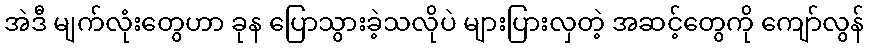
အဲဒီ မျက်လုံးတွေဟာ ခုန ပြောသွားခဲ့သလိုပဲ များပြားလှတဲ့ အဆင့်တွေကို ကျော်လွန်